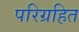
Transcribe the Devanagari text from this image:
परिग्रहित